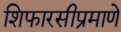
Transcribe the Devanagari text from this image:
शिफारसीप्रमाणे